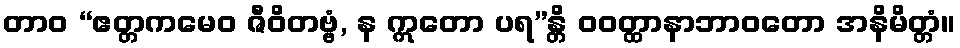
တာဝ “ဧတ္တကမေဝ ဇီဝိတဗ္ဗံ, န ဣတော ပရ”န္တိ ဝဝတ္ထာနာဘာဝတော အနိမိတ္တံ။